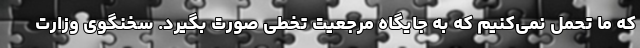
که ما تحمل نمی‌کنیم که به جایگاه مرجعیت تخطی صورت بگیرد. سخنگوی وزارت